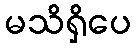
မသိရှိပေ